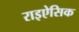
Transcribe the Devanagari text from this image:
राइऐसिक